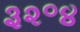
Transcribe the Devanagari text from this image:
३२॰४